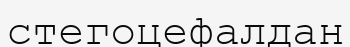
стегоцефалдан